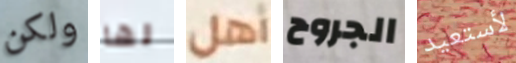
ولكن لها أهل الجروح لأستعيد